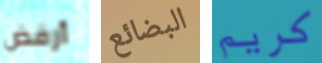
أرفض البضائع كريم